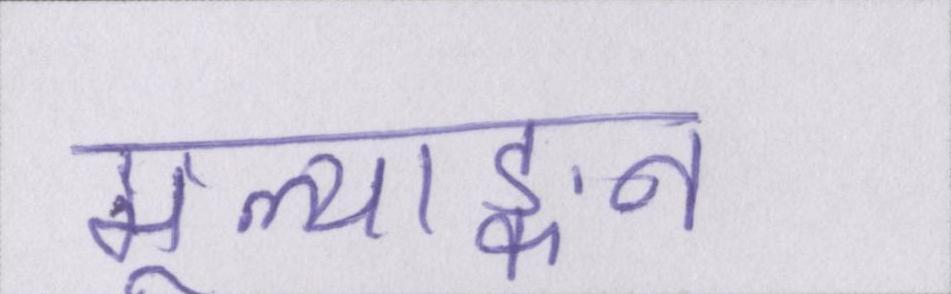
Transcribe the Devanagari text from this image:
मूल्याङ्कन